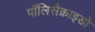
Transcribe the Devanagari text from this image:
पॉलिसैक्राइडो